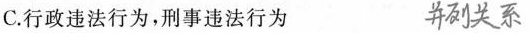
C.行政违法行为，刑事违法行为 ##$$并列关系$$##